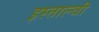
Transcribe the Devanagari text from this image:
इस्ताल्वी